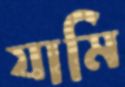
যামি